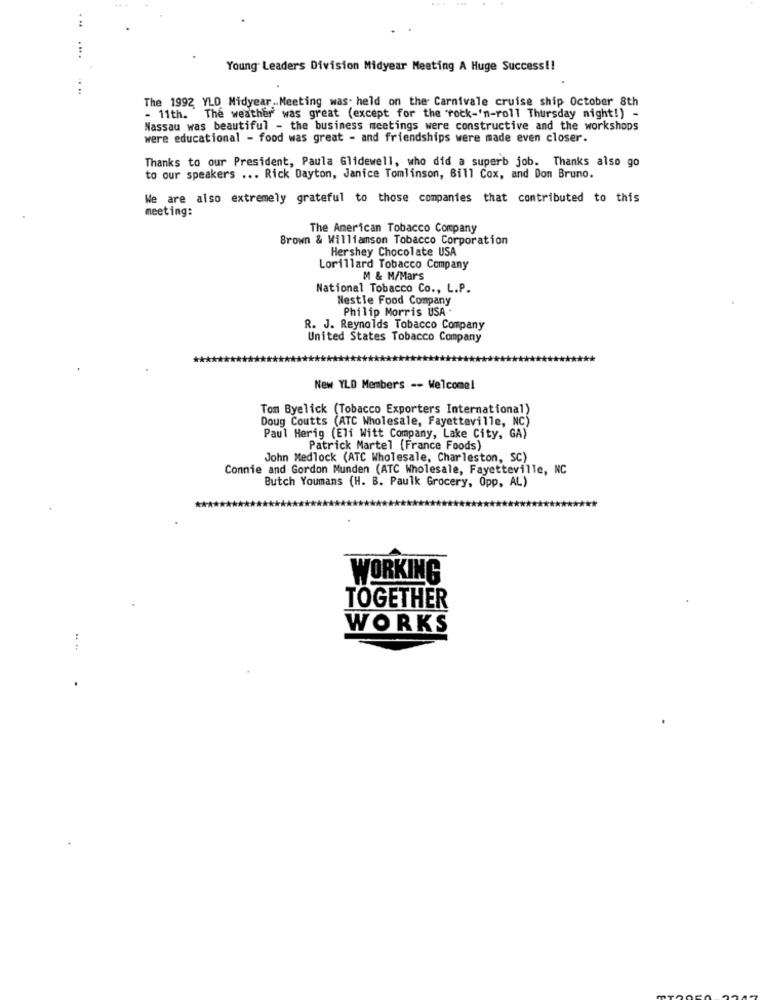
...
...
Young Leaders Division Midyear Meeting A Huge Success !!
The 1992 YLO Midyear .. Meeting was. held on the Carnivale cruise ship October 8th
- 11th. The weather was great (except for the 'rock-'n-roll Thursday night!) -
Nassau was beautiful - the business meetings were constructive and the workshops
were educational - food was great - and friendships were made even closer.
Thanks to our President, Paula Glidewell, who did a superb job. Thanks also go
to our speakers ... Rick Dayton, Janice Tomlinson, Bill Cox, and Don Bruno.
We are also extremely grateful to those companies that contributed to this
meeting:
The American Tobacco Company
Brown & Williamson Tobacco Corporation
Hershey Chocolate USA
Lorillard Tobacco Company
M & M/Mars
National Tobacco Co ., L.P.
Nestle Food Company
Philip Morris USA .
R. J. Reynolds Tobacco Company
United States Tobacco Company
New YLD Members -- Welcome!
Tom Byelick (Tobacco Exporters International)
Doug Coutts (ATC Wholesale, Fayetteville, NC)
Paul Herig (Eli Witt Company, Lake City, GA)
Patrick Martel (France Foods)
John Medlock (ATC Wholesale, Charleston, SC)
Connie and Gordon Munden (ATC Wholesale, Fayetteville, NC
Butch Youmans (H. B. Paulk Grocery, Opp, AL)
WORKING
TOGETHER
WORKS